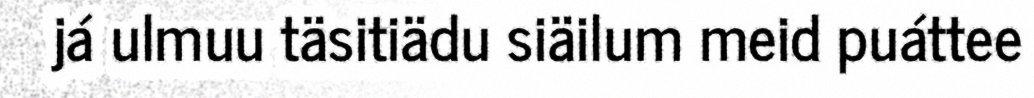
já ulmuu täsitiädu siäilum meid puáttee